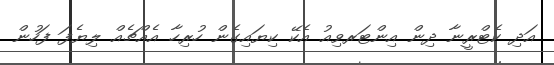
އަދި ކެޓްރީނާ ދިން އިންޓަރވިއު އެކޭ ކިޔައިގެން ހުރިހާ އެއްޗެއް ލިޔެފަ ފަހުން